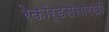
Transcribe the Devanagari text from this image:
रेकॉर्डससारखी